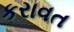
કરાવત